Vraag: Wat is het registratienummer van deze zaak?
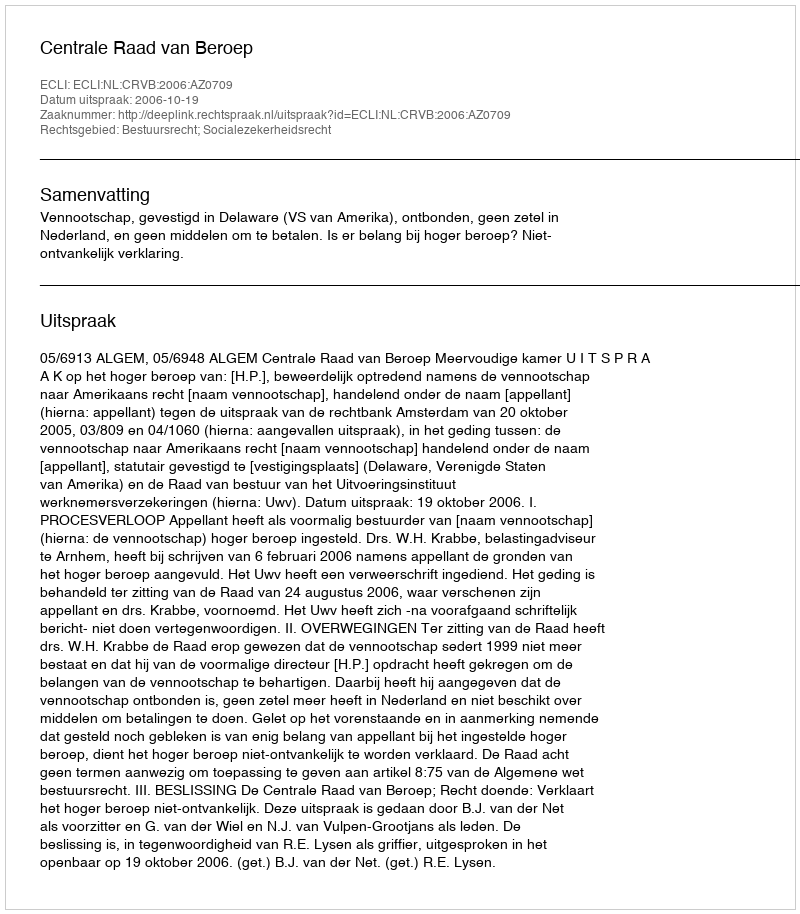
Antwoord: http://deeplink.rechtspraak.nl/uitspraak?id=ECLI:NL:CRVB:2006:AZ0709